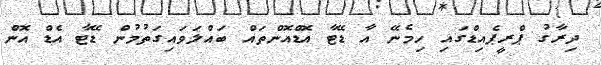
ދިރާގު ޕްރީޕެއިޑްގައި ހިމެނޭ އާ ޑޭޓާ އޮޑްއޮންތައް ބައްލަވައިގަތުމުން ޑޭޓާ އެޑް އޮން